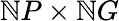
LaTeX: \mathbb{N}P\times\mathbb{N}G